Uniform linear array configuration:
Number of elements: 64
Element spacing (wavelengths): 0.5
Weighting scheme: kaiser
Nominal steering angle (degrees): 60
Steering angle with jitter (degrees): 61.004
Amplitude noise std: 0.05
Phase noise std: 0.05

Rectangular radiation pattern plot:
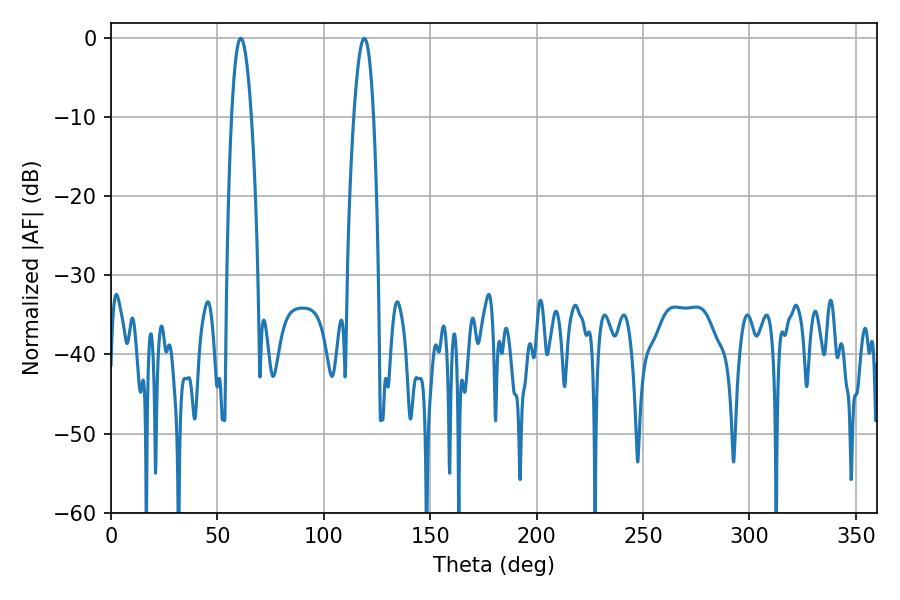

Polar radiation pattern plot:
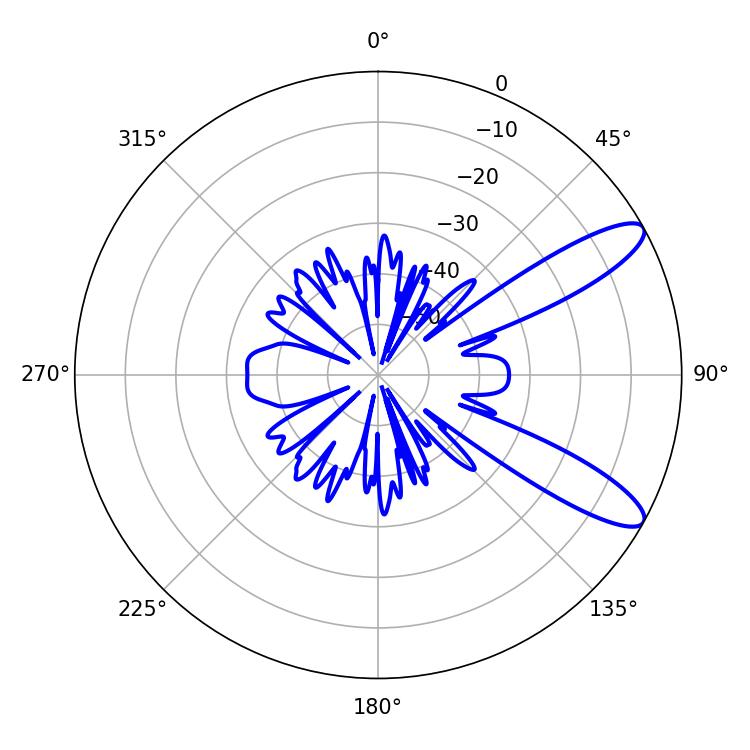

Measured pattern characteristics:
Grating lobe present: FALSE
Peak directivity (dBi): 10.737
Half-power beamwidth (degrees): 5.04
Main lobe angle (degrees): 61.02